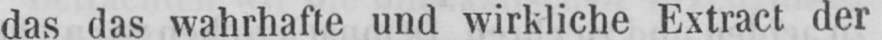
das das wahrhafte und wirkliche Extract der